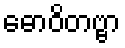
ဓောဝိတဗ္ဗာ